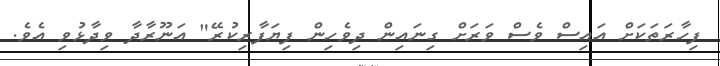
ފިހާރަތަކަށް އައިސް ވެސް ވަރަށް ގިނައިން ދިވެހިން ފިޔަފާރިކުރޭ" އަނޫރާދާ ވިދާޅުވި އެވެ.